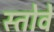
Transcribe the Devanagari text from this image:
स्तोवे